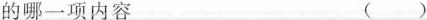
的哪一项内容 ( )